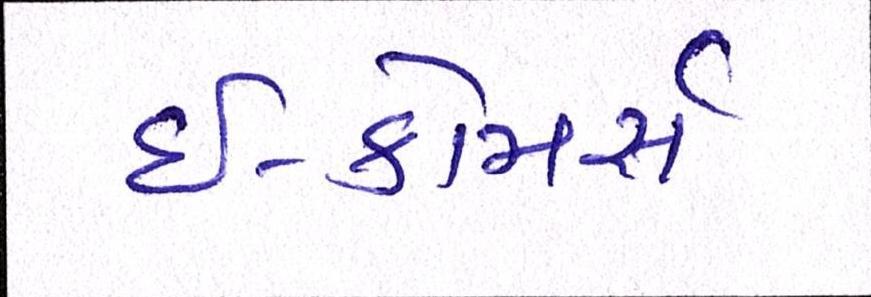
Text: ઇ-કોમસૅ